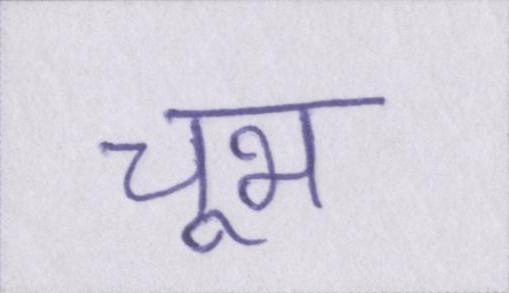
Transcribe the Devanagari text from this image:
चूभ